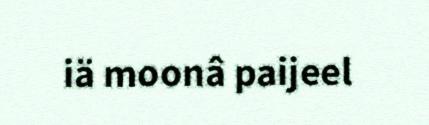
iä moonâ paijeel